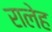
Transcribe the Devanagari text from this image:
रालेह